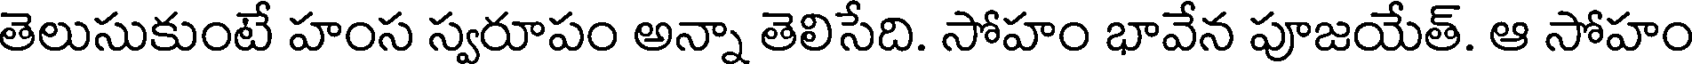
తెలుసుకుంటే హంస స్వరూపం అన్నా తెలిసేది. సోహం భావేన పూజయేత్. ఆ సోహం